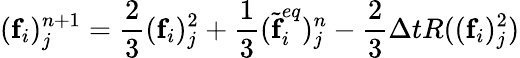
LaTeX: (\textbf{f}_{i})_{j}^{n+1}=\frac{2}{3}(\textbf{f}_{i})_{j}^{2}+\frac{1}{3}(\widetilde{\textbf{f}}_{i}^{eq})_{j}^{n}-\frac{2}{3}\Delta tR((\textbf{f}_{i})_{j}^{2})